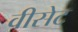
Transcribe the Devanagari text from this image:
वीसेट